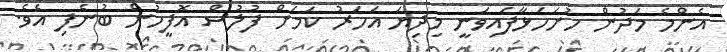
އެންމެ މަދުން ހުށަހަޅާފައިވަނީ މިދިޔަ އަހަރު ކަމަށް ފުލުސް އޮފީހުން ބުނެފި އެވެ.